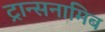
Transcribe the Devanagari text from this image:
ट्रान्सनामिब